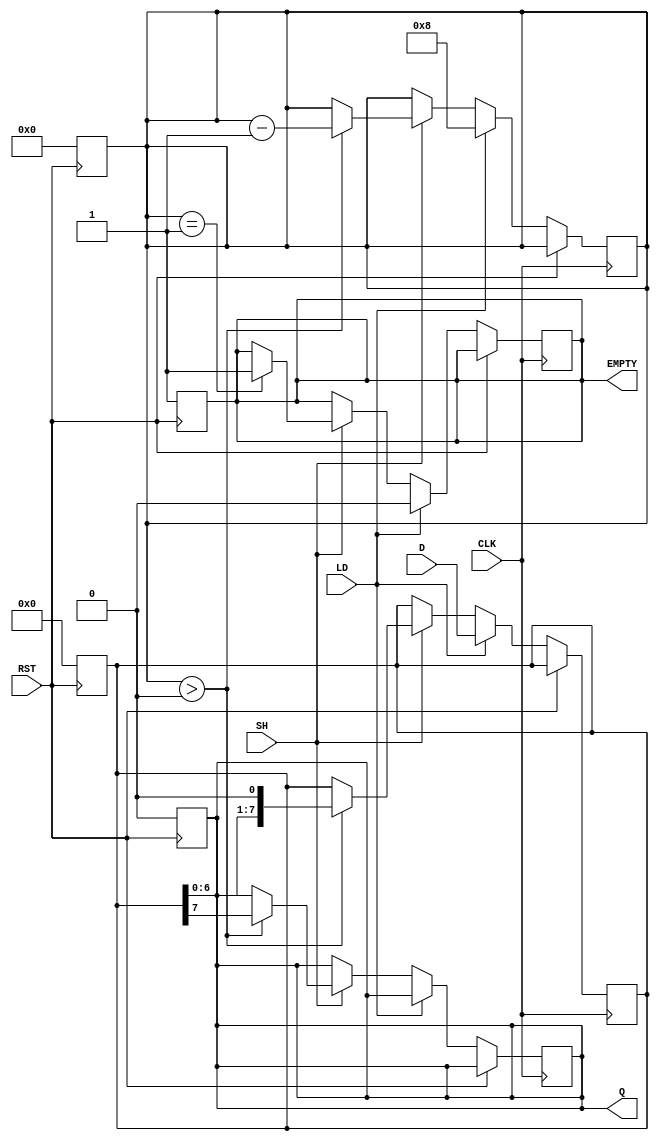
module dynamic_piso #(
    parameter N = 8 // Parameter for the size of the register
)(
    input  wire [N-1:0] D,   // Parallel input data
    input  wire LD,          // Load control signal
    input  wire SH,          // Shift control signal
    input  wire CLK,         // Clock signal
    input  wire RST,         // Asynchronous reset
    output reg  Q,           // Serial output
    output reg  EMPTY        // Empty flag
);

    // Internal register to hold the data
    reg [N-1:0] data_reg;
    reg [3:0] count; // Counter to track number of bits shifted out

    // Asynchronous reset
    always @(posedge RST) begin
        data_reg <= {N{1'b0}}; // Clear the register
        Q <= 1'b0;             // Clear the output
        EMPTY <= 1'b1;        // Set EMPTY flag
        count <= 0;           // Reset count
    end

    // Main logic
    always @(posedge CLK) begin
        if (RST) begin
            // Reset logic handled above
        end else begin
            // Load operation
            if (LD) begin
                data_reg <= D; // Load data into the register
                EMPTY <= 1'b0; // Clear EMPTY flag
                count <= N;    // Set count to N (all bits loaded)
            end 
            // Shift operation
            else if (SH) begin
                if (count > 0) begin
                    Q <= data_reg[N-1]; // Shift out the MSB
                    data_reg <= {data_reg[N-2:0], 1'b0}; // Shift left
                    count <= count - 1; // Decrement count
                end
                if (count == 1) begin
                    EMPTY <= 1'b1; // Set EMPTY flag when all bits are shifted out
                end
            end
        end
    end

endmodule